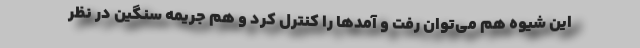
این شیوه هم می‌توان رفت و آمدها را کنترل کرد و هم جریمه سنگین در نظر